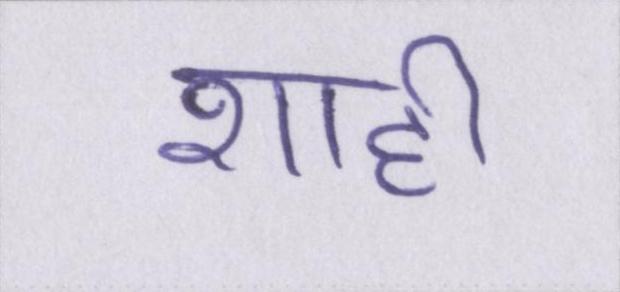
शाही